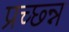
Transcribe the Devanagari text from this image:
प्रच्छ्न्न